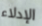
الإدلاء